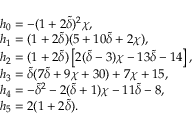
\begin{array} { r l } & { h _ { 0 } = - ( 1 + 2 \tilde { \delta } ) ^ { 2 } \chi , } \\ & { h _ { 1 } = ( 1 + 2 \tilde { \delta } ) ( 5 + 1 0 \tilde { \delta } + 2 \chi ) , } \\ & { h _ { 2 } = ( 1 + 2 \tilde { \delta } ) \left[ 2 ( \tilde { \delta } - 3 ) \chi - 1 3 \tilde { \delta } - 1 4 \right] , } \\ & { h _ { 3 } = \tilde { \delta } ( 7 \tilde { \delta } + 9 \chi + 3 0 ) + 7 \chi + 1 5 , } \\ & { h _ { 4 } = - \tilde { \delta } ^ { 2 } - 2 ( \tilde { \delta } + 1 ) \chi - 1 1 \tilde { \delta } - 8 , } \\ & { h _ { 5 } = 2 ( 1 + 2 \tilde { \delta } ) . } \end{array}